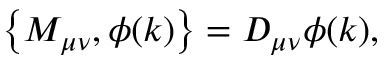
\left\{ M _ { \mu \nu } , \phi ( k ) \right\} = D _ { \mu \nu } \phi ( k ) ,